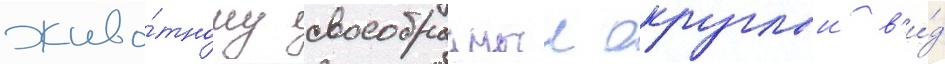
живо́тному своеобразныи округлыи в'и́д